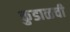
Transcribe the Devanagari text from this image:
कुडाळची